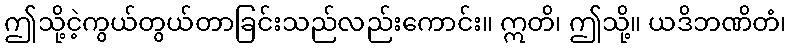
ဤသို့ငဲ့ကွယ်တွယ်တာခြင်းသည်လည်းကောင်း။ ဣတိ၊ ဤသို့။ ယဒိဘဏိတံ၊